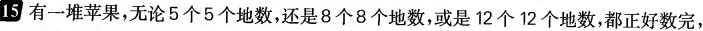
15 有一堆苹果，无论5个5个地数，还是8个8个地数，或是12个12个地数，都正好数完，